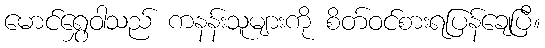
မောင်ရွှေဝါသည် ကနန်းသူများကို စိတ်ဝင်စားရပြန်ချေပြီ။